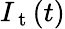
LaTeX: I_{\mathrm{~t~}}(t)